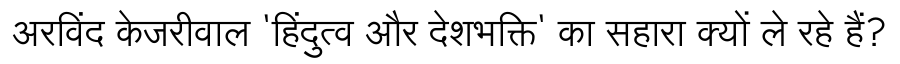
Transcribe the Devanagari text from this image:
अरविंद केजरीवाल 'हिंदुत्व और देशभक्ति' का सहारा क्यों ले रहे हैं?